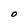
Character: O